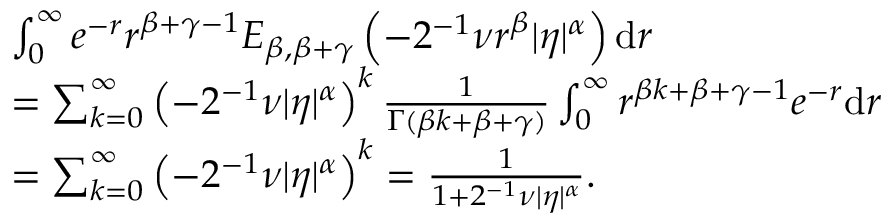
\begin{array} { r l } & { \int _ { 0 } ^ { \infty } e ^ { - r } r ^ { \beta + \gamma - 1 } E _ { \beta , \beta + \gamma } \left( - 2 ^ { - 1 } \nu r ^ { \beta } | \eta | ^ { \alpha } \right) \ensuremath { \mathrm { d } } r } \\ & { = \sum _ { k = 0 } ^ { \infty } \left( - 2 ^ { - 1 } \nu | \eta | ^ { \alpha } \right) ^ { k } \frac { 1 } { \Gamma ( \beta k + \beta + \gamma ) } \int _ { 0 } ^ { \infty } r ^ { \beta k + \beta + \gamma - 1 } e ^ { - r } \ensuremath { \mathrm { d } } r } \\ & { = \sum _ { k = 0 } ^ { \infty } \left( - 2 ^ { - 1 } \nu | \eta | ^ { \alpha } \right) ^ { k } = \frac { 1 } { 1 + 2 ^ { - 1 } \nu | \eta | ^ { \alpha } } . } \end{array}